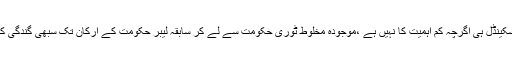
ارکان پارلیمنٹ کے اخراجات کا سکینڈل ہی اگرچہ کم اہمیت کا نہیں ہے ،موجودہ مخلوط ٹوری حکومت سے لے کر سابقہ لیبر حکومت کے ارکان تک سبھی گندگی کی اس دلدل میں دھنسے ہوئے ہیں۔